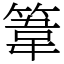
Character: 𥯤